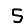
Digit: 5